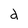
Character: d